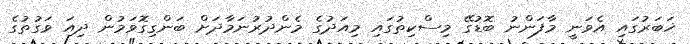
ޚަބަރުގައި އެވަނީ މާފަންނު ބޮޑުގޭ މިސްކިތުގައި މިއަދުގެ މެންދުރުނަމާދަށް ބަންގިގޮވަމުން ދިއަ ވަގުތުގެ